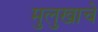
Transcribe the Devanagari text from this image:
मुलुखाचे